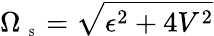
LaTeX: \Omega_{\mathrm{~\tiny~S~}}=\sqrt{\epsilon^{2}+4V^{2}}